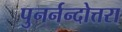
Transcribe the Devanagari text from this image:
पुनर्नन्दोत्तरा